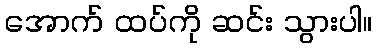
အောက် ထပ်ကို ဆင်း သွားပါ။